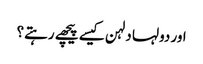
اور دولہا دلہن کیسے پیچھے رہتے؟